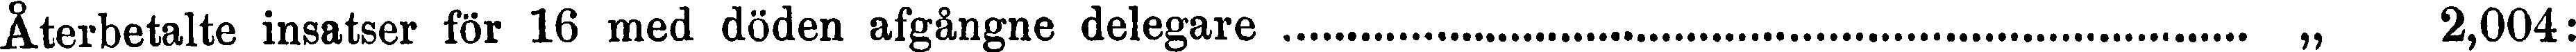
Återbetalte insatser för 16 med döden afgånge delegare ................................................................. „ 2,004;